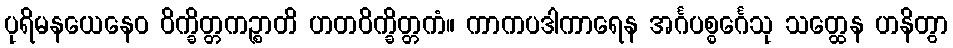
ပုရိမနယေနေဝ ဝိက္ခိတ္တကဉ္စာတိ ဟတဝိက္ခိတ္တကံ။ ကာကပဒါကာရေန အင်္ဂပစ္စင်္ဂေသု သတ္ထေန ဟနိတွာ